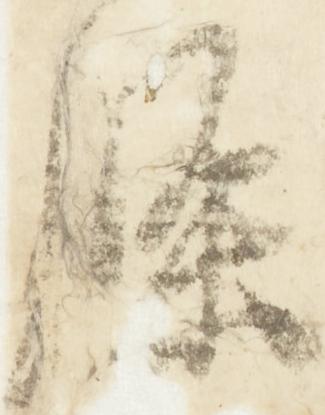
条